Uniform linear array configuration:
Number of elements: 12
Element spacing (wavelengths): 0.25
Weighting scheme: blackman
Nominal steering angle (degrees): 45
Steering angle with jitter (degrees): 43.784
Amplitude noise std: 0.05
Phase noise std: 0.05

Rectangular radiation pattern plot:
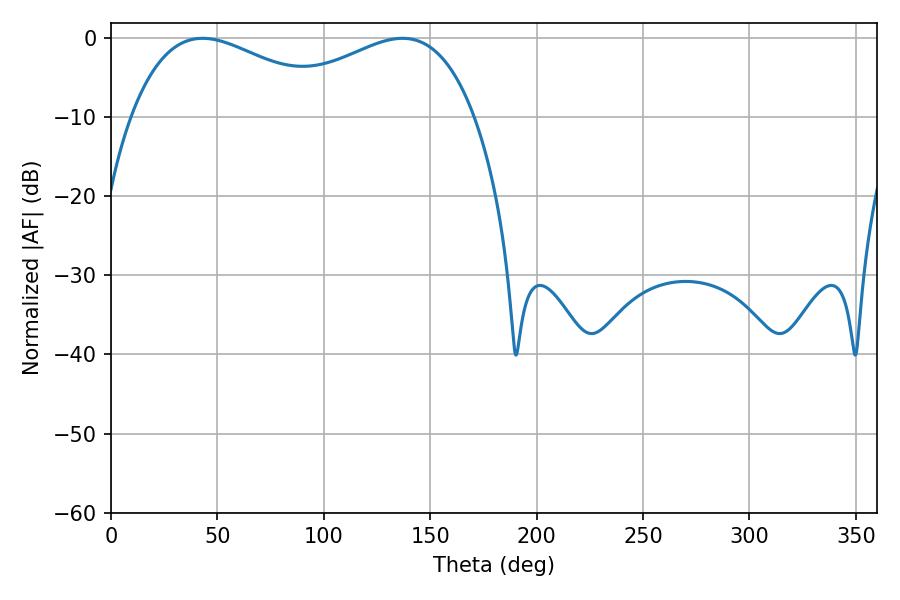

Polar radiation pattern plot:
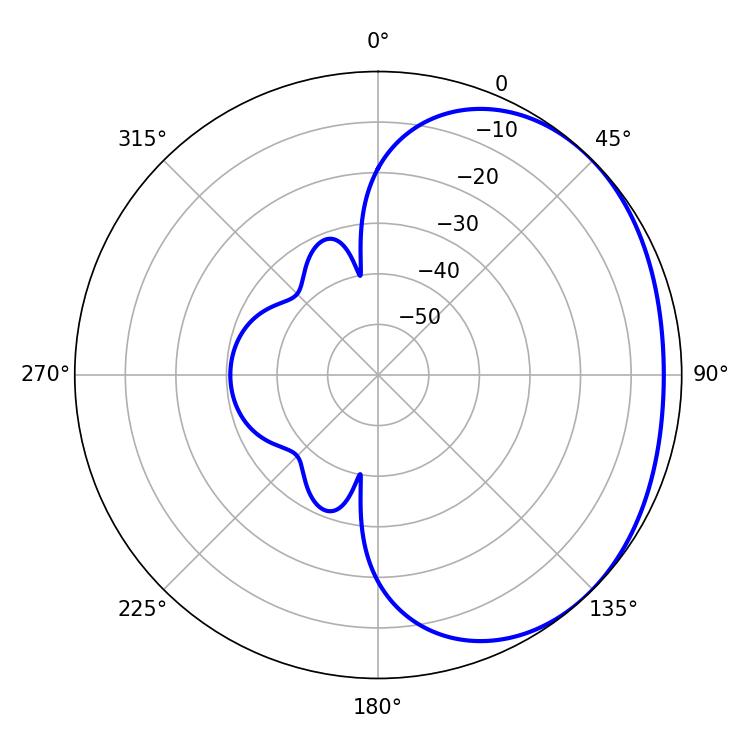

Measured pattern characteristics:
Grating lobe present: FALSE
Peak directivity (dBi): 1.776
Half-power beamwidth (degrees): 54.36
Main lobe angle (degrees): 43.02